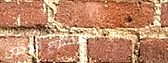
ممنوع الدخول